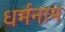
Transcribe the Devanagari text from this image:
धर्मनाम